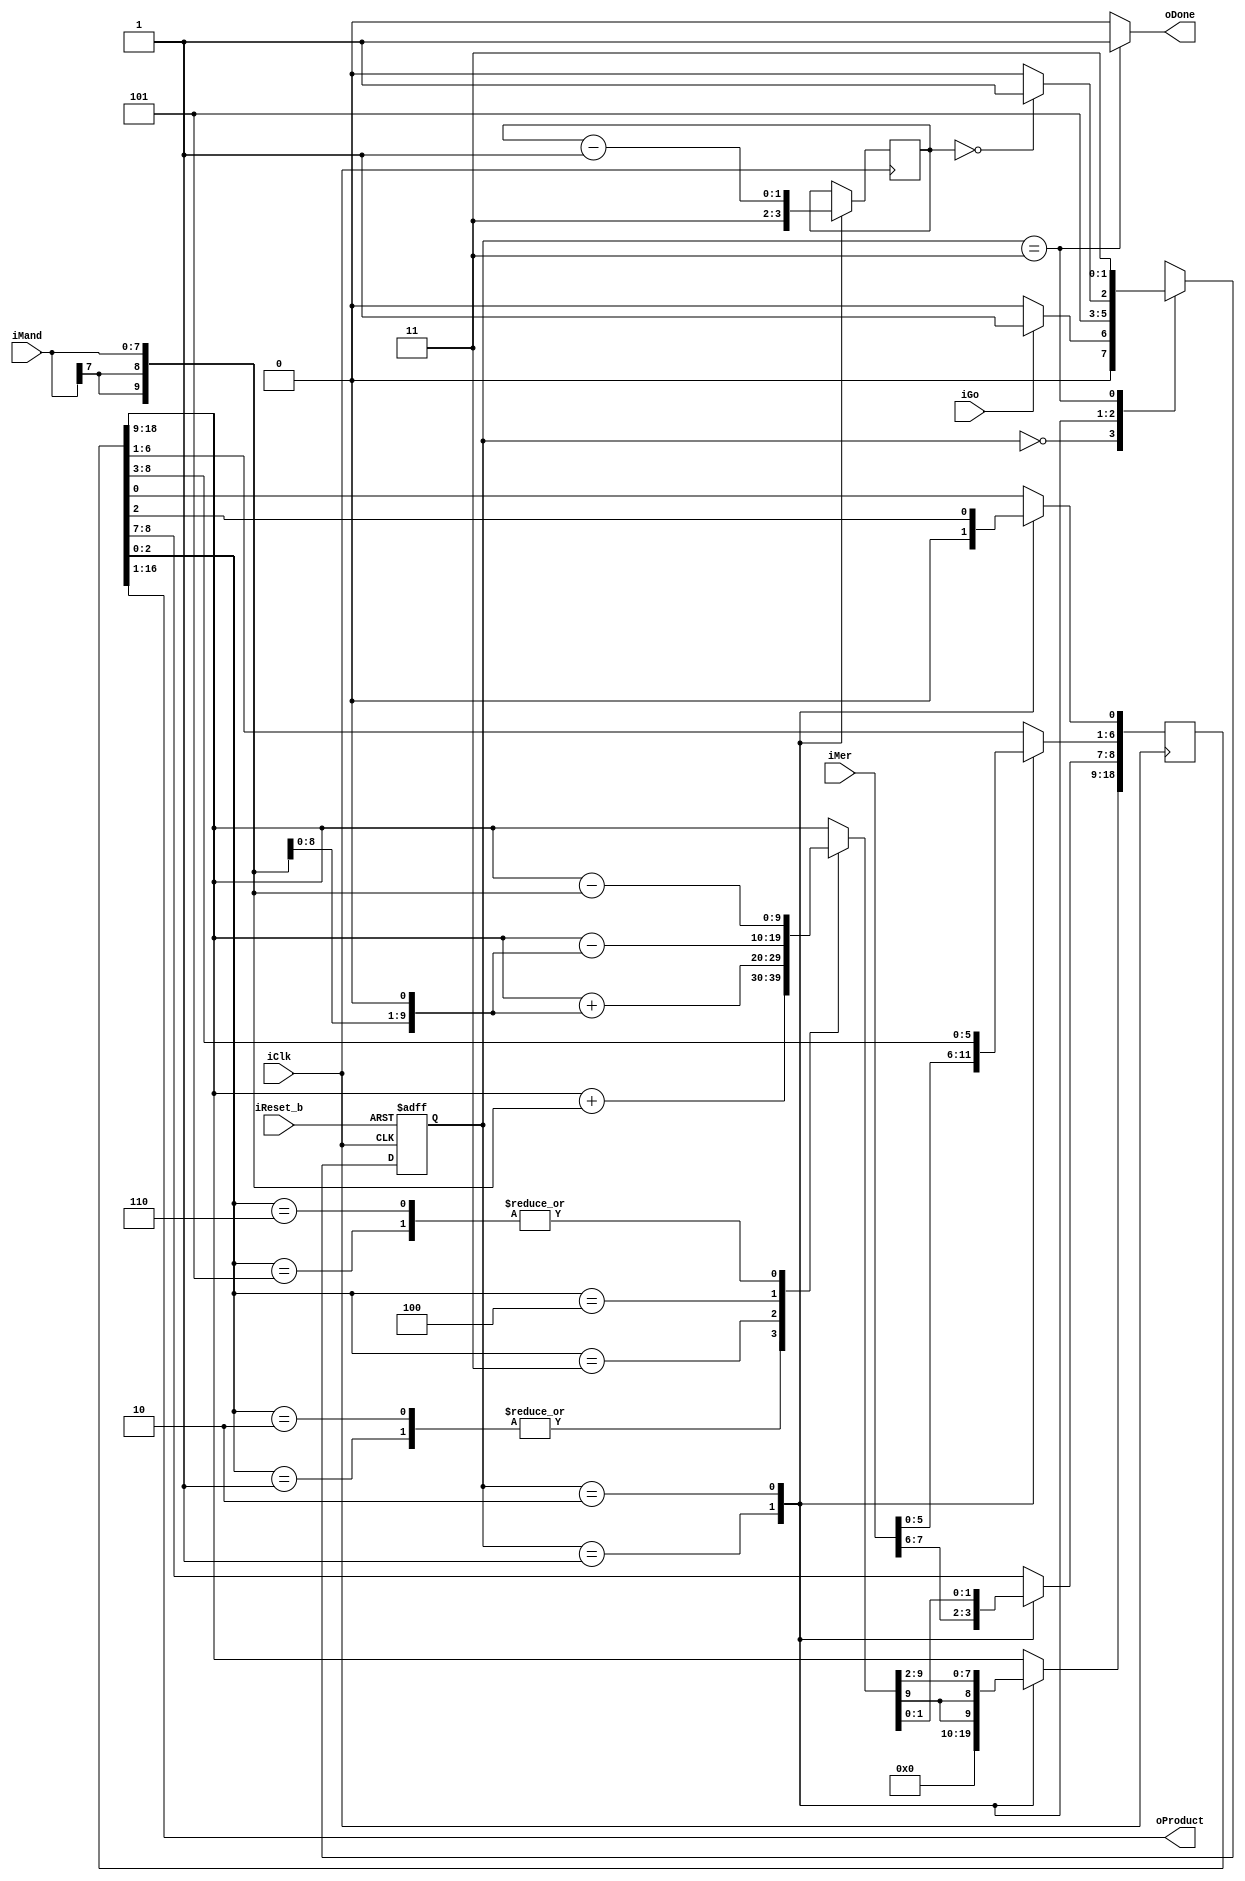
//-----------------------------------------------------------------------------
//
// This is a Booth recoded 8x8 multiplier producing a 16-bit product.
//
// Shift and add are done in the same cycle
//
// Paul Chow
// Department of Electrical and Computer Engineering
// University of Toronto
//
// October 2004
//
// $Id: booth.v,v 1.4 2004/11/04 16:37:50 pc Exp pc $
//
//-----------------------------------------------------------------------------

module booth(
             iClk,      // input clock
             iReset_b,  // reset signal
             iGo,       // indicates inputs are ready
             oDone,     // indicates that the result is ready
             iMer,      // 8-bit multiplier
             iMand,     // 8-bit multiplicand
             oProduct   // 16-bit product
             );

    input iClk,iReset_b,iGo;
    input [7:0] iMer,iMand;
    output oDone;
    output [15:0] oProduct;


    // State names

    parameter	WaitForGoState = 0,
		InitState = 1,
		AddShiftState = 2,
		DoneState =3;

    reg [1:0] PresentState, NextState;

    reg [1:0] NumShifts;

    reg [18:0] Product;
    reg [9:0] Sum;


//-----------------------------------------------------------------------------
//  This is the main FSM controller
//-----------------------------------------------------------------------------

    always @(iGo,PresentState,NumShifts)
        
    begin :  Controller
        case (PresentState)

            WaitForGoState:
                if (iGo)
                    NextState = InitState;
                else
                    NextState = WaitForGoState;

            InitState:
                NextState = AddShiftState;

            AddShiftState:
                if (NumShifts == 2'b00)
                    NextState = DoneState;
                else
                    NextState = AddShiftState;

            DoneState:
                NextState = DoneState;

	    default:
		NextState = InitState;
        endcase //  PresentState
    end // Controller;
    


    always @(posedge iClk or negedge iReset_b)
    
    begin //  StateRegs
        if (!iReset_b)
            PresentState <= WaitForGoState;
        else
            PresentState <= NextState;
    end // StateRegs;


//-----------------------------------------------------------------------------
//  This does the addition of the appropriate version of the multiplicand
//-----------------------------------------------------------------------------

    reg [9:0] Mand1,Mand2;

    always @(Product,iMand)
        
    begin //  Adder
        Mand1 = {iMand[7],iMand[7],iMand};  // sign extend to 10 bits
        Mand2 = Mand1<<1;

        case (Product[2:0])
            3'b000:
                Sum = Product[18:9];
            3'b001:
                Sum = Product[18:9] + Mand1;
            3'b010:
                Sum = Product[18:9] + Mand1;
            3'b011:
                Sum = Product[18:9] + Mand2;
            3'b100:
                Sum = Product[18:9] - Mand2;
            3'b101:
                Sum = Product[18:9] - Mand1;
            3'b110:
                Sum = Product[18:9] - Mand1;
            default:
                Sum = Product[18:9];
        endcase  //  Product[2:0]
    end // Adder


//-----------------------------------------------------------------------------
//  This is the Product register and counter
//-----------------------------------------------------------------------------

    always @(posedge iClk)
        
    begin //  ProdReg
            case (PresentState)

                WaitForGoState:
		    ;
                InitState:
		  begin
                    Product[18:9] <= 10'b0000000000;
                    Product[8:1] <= iMer;
                    Product[0] <= 1'b0;
                    NumShifts <= 2'b11;
		  end

                AddShiftState:
		  begin
                    //---------------------------------------------------------
                    //  This takes the Sum, sign extends it to 12 bits and
                    //  puts that into the top part of the Product register,
                    //  effectively shifting it at the same time.  The bottom
                    //  part of the register is loaded with a shifted value of
                    //  the previous contents in that part.
                    //  The counter is also updated here.
                    //---------------------------------------------------------
                    Product[18:7] <= {Sum[9],Sum[9],Sum};
                    Product[6:0] <= Product[8:2];
                    NumShifts <= NumShifts - 2'b01;
		  end
                DoneState:
		;
            endcase //  PresentState

    end //ProdReg;

    
//-----------------------------------------------------------------------------
//  The output product and done signal.
//-----------------------------------------------------------------------------

    assign oProduct = Product[16:1];

    assign oDone = (PresentState == DoneState) ? 1'b1:1'b0;

endmodule  // of booth